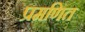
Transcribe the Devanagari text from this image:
प्रमणित